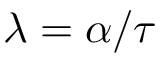
\lambda = \alpha / \tau